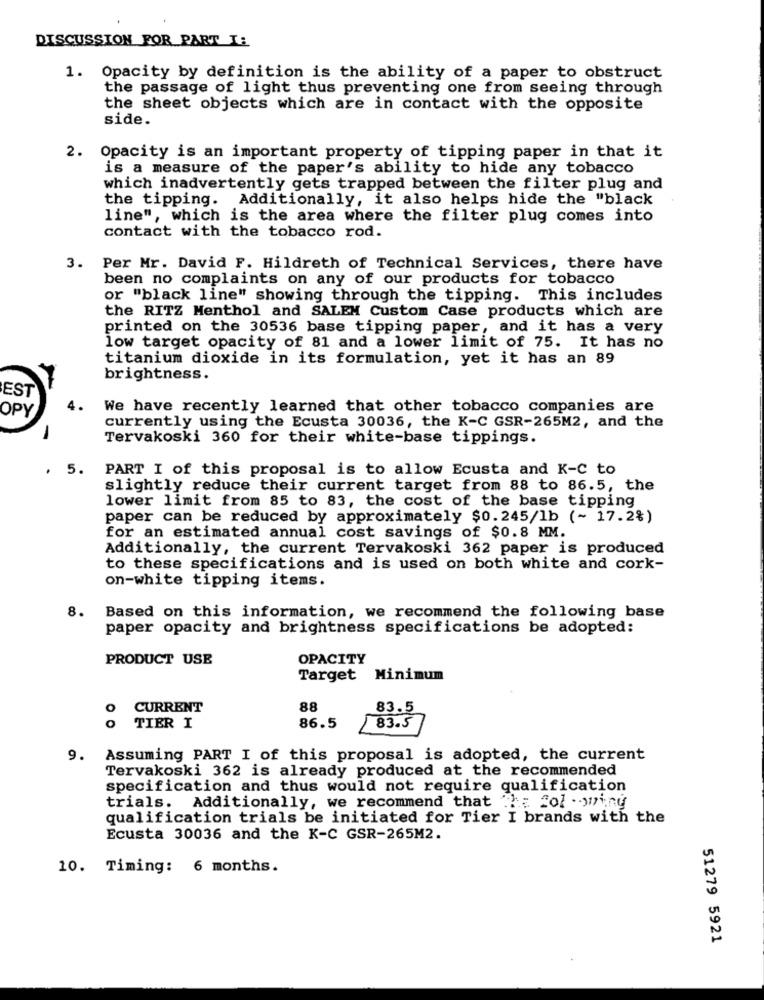
DISCUSSION FOR PART I:
1. Opacity by definition is the ability of a paper to obstruct
the passage of light thus preventing one from seeing through
the sheet objects which are in contact with the opposite
side.
2. Opacity is an important property of tipping paper in that it
is a measure of the paper's ability to hide any tobacco
which inadvertently gets trapped between the filter plug and
the tipping. Additionally, it also helps hide the "black
line", which is the area where the filter plug comes into
contact with the tobacco rod.
3.
Per Mr. David F. Hildreth of Technical Services, there have
been no complaints on any of our products for tobacco
or "black line" showing through the tipping. This includes
the RITZ Menthol and SALEM Custom Case products which are
printed on the 30536 base tipping paper, and it has a very
low target opacity of 81 and a lower limit of 75. It has no
titanium dioxide in its formulation, yet it has an 89
brightness.
EST
OPY
We have recently learned that other tobacco companies are
currently using the Ecusta 30036, the K-C GSR-265M2, and the
Tervakoski 360 for their white-base tippings.
.
5.
PART I of this proposal is to allow Ecusta and K-C to
slightly reduce their current target from 88 to 86.5, the
lower limit from 85 to 83, the cost of the base tipping
paper can be reduced by approximately $0.245/1b (~ 17.2%)
for an estimated annual cost savings of $0.8 MM.
Additionally, the current Tervakoski 362 paper is produced
to these specifications and is used on both white and cork-
on-white tipping items.
8.
Based on this information, we recommend the following base
paper opacity and brightness specifications be adopted:
PRODUCT USE
OPACITY
Target Minimum
o
CURRENT
88
83.5
TIER I
86.5
83.5
9. Assuming PART I of this proposal is adopted, the current
Tervakoski 362 is already produced at the recommended
specification and thus would not require qualification
trials. Additionally, we recommend that the Sol omring
qualification trials be initiated for Tier I brands with the
Ecusta 30036 and the K-C GSR-265M2.
10. Timing: 6 months.
51279 5921